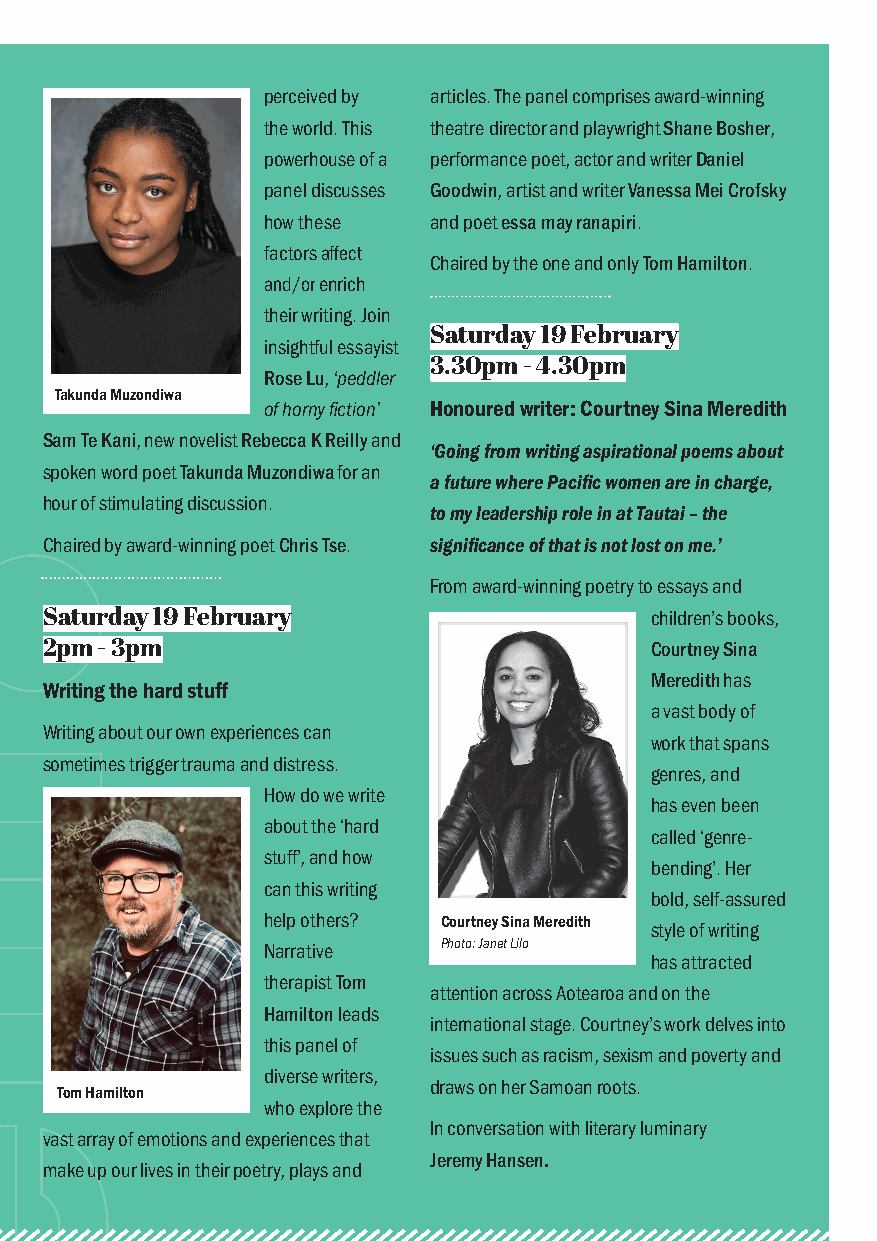
perceived by articles. The panel comprises award-winning
 the world. This theatre director and playwright Shane Bosher,
 powerhouse of a performance poet, actor and writer Daniel
 panel discusses Goodwin, artist and writer Vanessa Mei Crofsky
 how these  and poet essa may ranapiri.
 factors aff ect
 Chaired by the one and only Tom Hamilton.
 and/or enrich
 their writing. Join
 Saturday 19 February
 insightful essayist
 3.30pm - 4.30pm
 Rose Lu, ‘peddler
 Takunda Muzondiwa
 of horny fi ction’ Honoured writer: Courtney Sina Meredith
 Sam Te Kani, new novelist Rebecca K Reilly and
 ‘Going from writing aspirational poems about
 spoken word poet Takunda Muzondiwa for an
 a future where Pacifi c women are in charge,
 hour of stimulating discussion.
 to my leadership role in at Tautai – the
 Chaired by award-winning poet Chris Tse. signifi cance of that is not lost on me.’
 From award-winning poetry to essays and
 Saturday 19 February                    children’s books,
 2pm - 3pm                               Courtney Sina
 Meredith has
 Writing the hard stuff
 a vast body of
 Writing about our own experiences can
 work that spans
 sometimes trigger trauma and distress.
 genres, and
 How do we write
 has even been
 about the ‘hard
 called ‘genre-
 stuff ’, and how
 bending’. Her
 can this writing
 bold, self-assured
 help others? Courtney Sina Meredith
 style of writing
 Narrative   Photo: Janet Lilo
 has attracted
 therapist Tom
 attention across Aotearoa and on the
 Hamilton leads
 international stage. Courtney’s work delves into
 this panel of
 issues such as racism, sexism and poverty and
 diverse writers,
 draws on her Samoan roots.
 Tom Hamilton
 who explore the
 In conversation with literary luminary
 vast array of emotions and experiences that
 Jeremy Hansen.
 make up our lives in their poetry, plays and